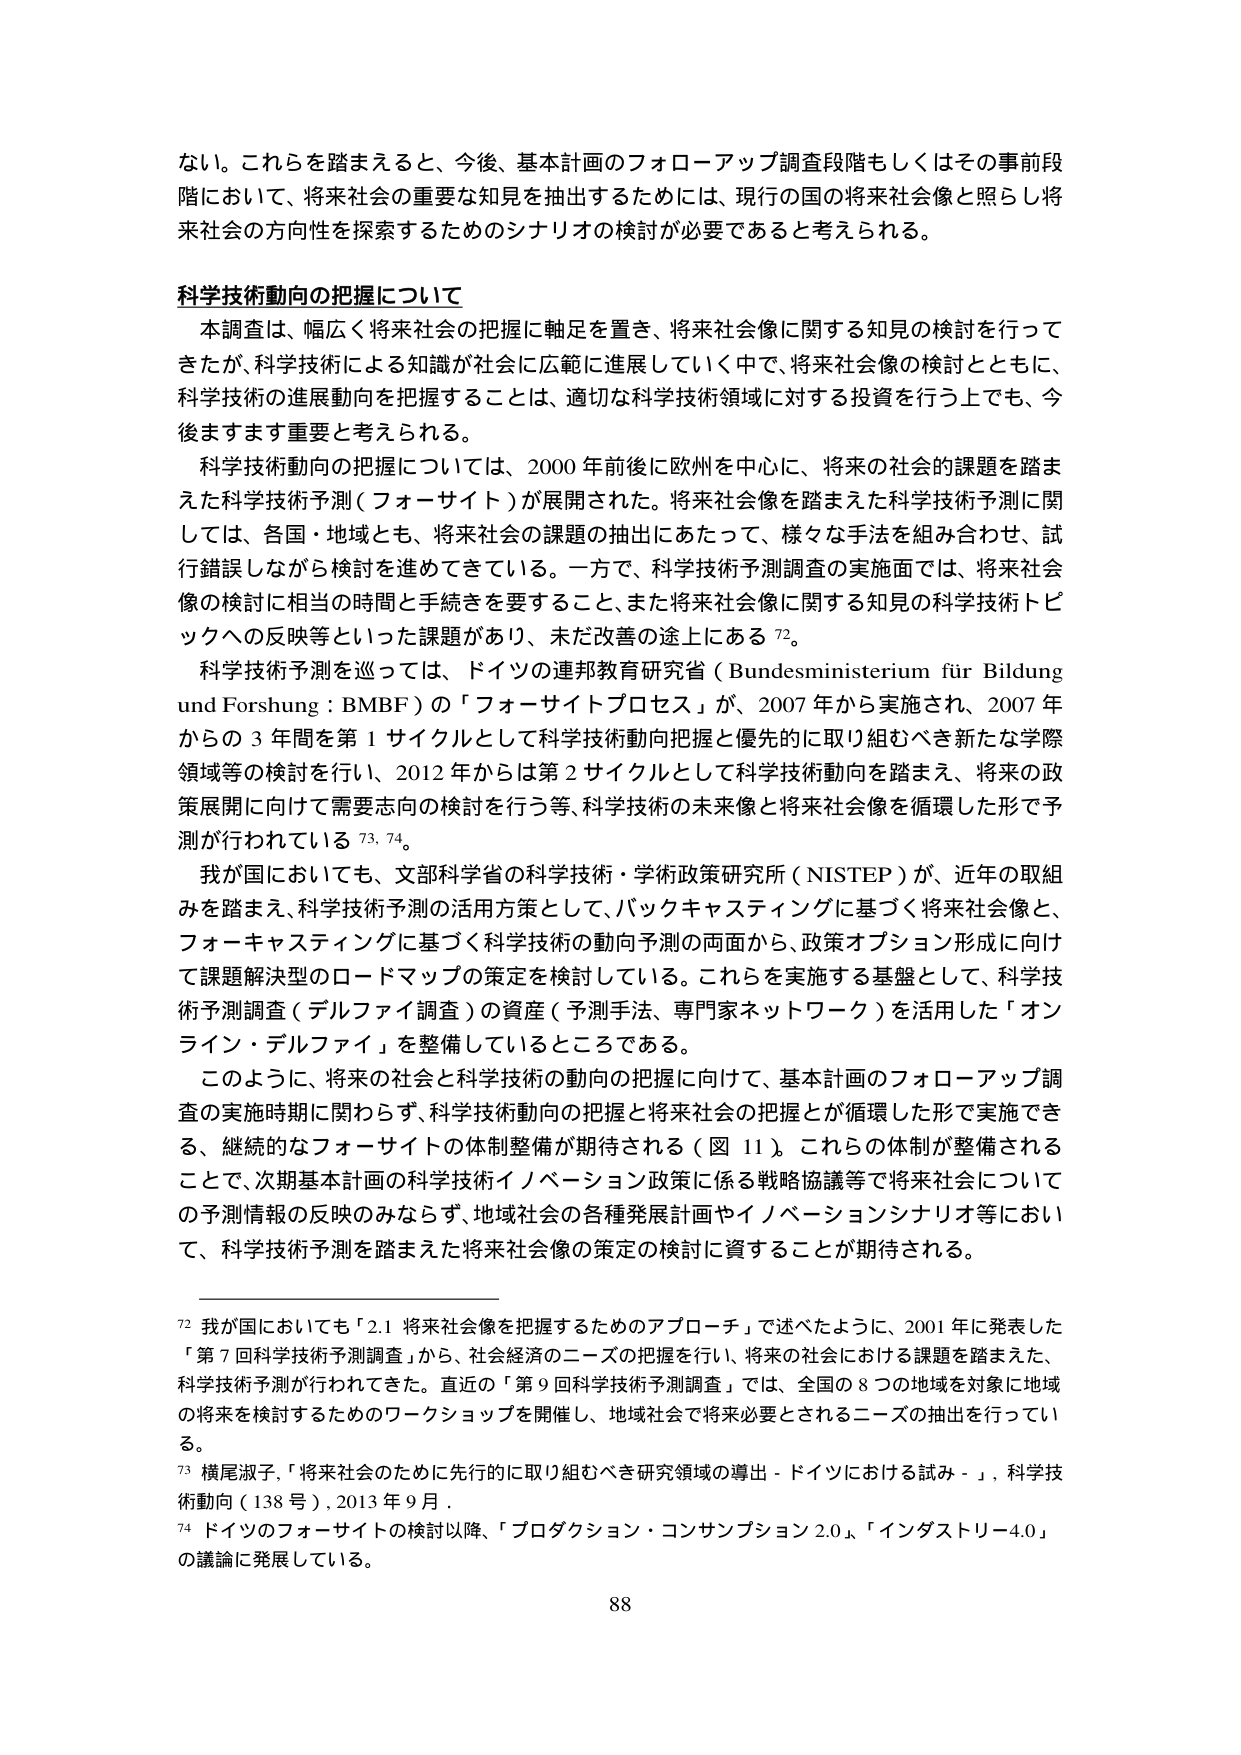
ない。これらを踏まえると、今後、基本計画のフォローアップ調査段階もしくはその事前段階において、将来社会の重要な知見を抽出するためには、現行の国の将来社会像と照らし将来社会の方向性を探索するためのシナリオの検討が必要であると考えられる。

科学技術動向の把握について

本調査は、幅広く将来社会の把握に軸足を置き、将来社会像に関する知見の検討を行ってきたが、科学技術による知識が社会に広範に進展していく中で、将来社会像の検討とともに、科学技術の進展動向を把握することは、適切な科学技術領域に対する投資を行う上でも、今後ますます重要と考えられる。

科学技術動向の把握については、2000年前後に欧州を中心に、将来の社会的課題を踏まえた科学技術予測（フォーサイト）が展開された。将来社会像を踏まえた科学技術予測に関しては、各国・地域とも、将来社会の課題の抽出にあたって、様々な手法を組み合わせ、試行錯誤しながら検討を進めてきている。一方で、科学技術予測調査の実施面では、将来社会像の検討に相当の時間と手続きを要すること、また将来社会像に関する知見の科学技術トピックへの反映等といった課題があり、未だ改善の途上にある72。

科学技術予測を巡っては、ドイツの連邦教育研究省（Bundesministerium für Bildung und Forschung：BMBF）の「フォーサイトプロセス」が、2007年から実施され、2007年からの3年間を第1サイクルとして科学技術動向把握と優先的に取り組むべき新たな学際領域等の検討を行い、2012年からは第2サイクルとして科学技術動向を踏まえ、将来の政策展開に向けて需要志向の検討を行う等、科学技術の未来像と将来社会像を循環した形で予測が行われている73, 74。

我が国においても、文部科学省の科学技術・学術政策研究所（NISTEP）が、近年の取組みを踏まえ、科学技術予測の活用方策として、バックキャスティングに基づく将来社会像と、フォーキャスティングに基づく科学技術の動向予測の両面から、政策オプション形成に向けて課題解決型のロードマップの策定を検討している。これらを実施する基盤として、科学技術予測調査（デルファイ調査）の資産（予測手法、専門家ネットワーク）を活用した「オンライン・デルファイ」を整備しているところである。

このように、将来の社会と科学技術の動向の把握に向けて、基本計画のフォローアップ調査の実施時期に関わらず、科学技術動向の把握と将来社会の把握とが循環した形で実施できる、継続的なフォーサイトの体制整備が期待される（図11）。これらの体制が整備されることで、次期基本計画の科学技術イノベーション政策に係る戦略協議等で将来社会についての予測情報の反映のみならず、地域社会の各種発展計画やイノベーションシナリオ等において、科学技術予測を踏まえた将来社会像の策定の検討に資することが期待される。

72 我が国においても「2.1 将来社会像を把握するためのアプローチ」で述べたように、2001年に発表した「第7回科学技術予測調査」から、社会経済のニーズの把握を行い、将来の社会における課題を踏まえた、科学技術予測が行われてきた。直近の「第9回科学技術予測調査」では、全国の8つの地域を対象に地域の将来を検討するためのワークショップを開催し、地域社会で将来必要とされるニーズの抽出を行っている。

73 横尾淑子、「将来社会のために先行的に取り組むべき研究領域の導出－ドイツにおける試み－」、科学技術動向（138号）、2013年9月。

74 ドイツのフォーサイトの検討以降、「プロダクション・コンサンプション2.0」、「インダストリー4.0」の議論に発展している。

88